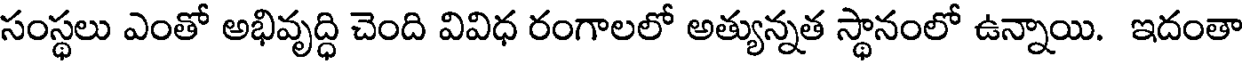
సంస్థలు ఎంతో అభివృద్ధి చెంది వివిధ రంగాలలో అత్యున్నత స్థానంలో ఉన్నాయి. ఇదంతా